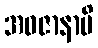
အဝဇာနာမိ